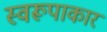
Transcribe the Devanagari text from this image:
स्वरूपाकार